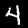
Label: 4